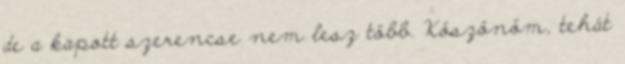
de a kapott szerencse nem lesz több. Köszönöm, tehát